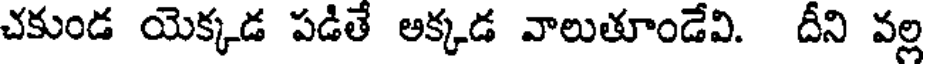
చకుండ యెక్కడ పడితే అక్కడ వాలుతూండేవి. దీని వల్ల